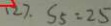
( 2 ) . S _ { 5 } = 2 5